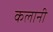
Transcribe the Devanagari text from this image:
कलानी